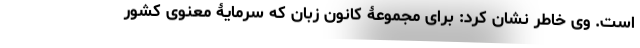
است. وی خاطر نشان کرد: برای مجموعۀ کانون زبان که سرمایۀ معنوی کشور